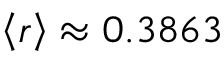
\left< r \right> \approx 0 . 3 8 6 3